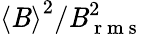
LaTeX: \left\langle{\mathit{B}}\right\rangle^{2}/\mathit{B}_{\mathrm{{~r~m~s~}}}^{2}